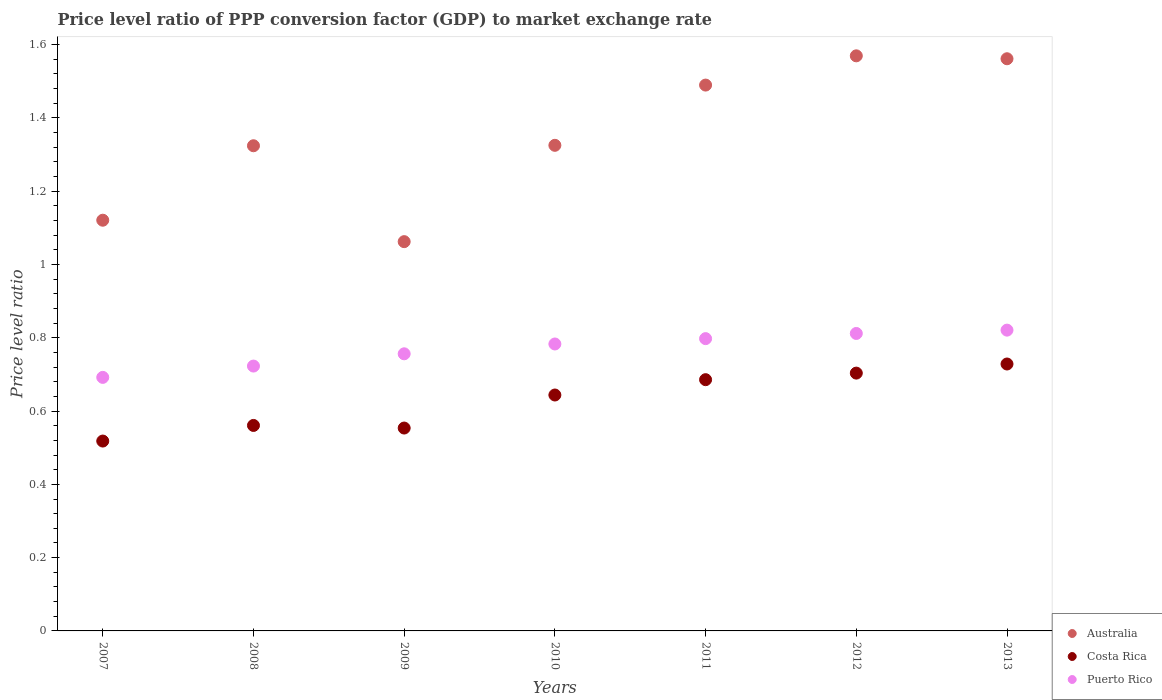
| Years | Australia | Costa Rica | Puerto Rico |
 | --- | --- | --- | --- |
 | 2007 | 1.12 | 0.518 | 0.692 |
 | 2008 | 1.32 | 0.561 | 0.723 |
 | 2009 | 1.06 | 0.554 | 0.756 |
 | 2010 | 1.33 | 0.644 | 0.783 |
 | 2011 | 1.49 | 0.686 | 0.798 |
 | 2012 | 1.57 | 0.704 | 0.812 |
 | 2013 | 1.56 | 0.728 | 0.821 |